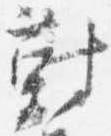
対